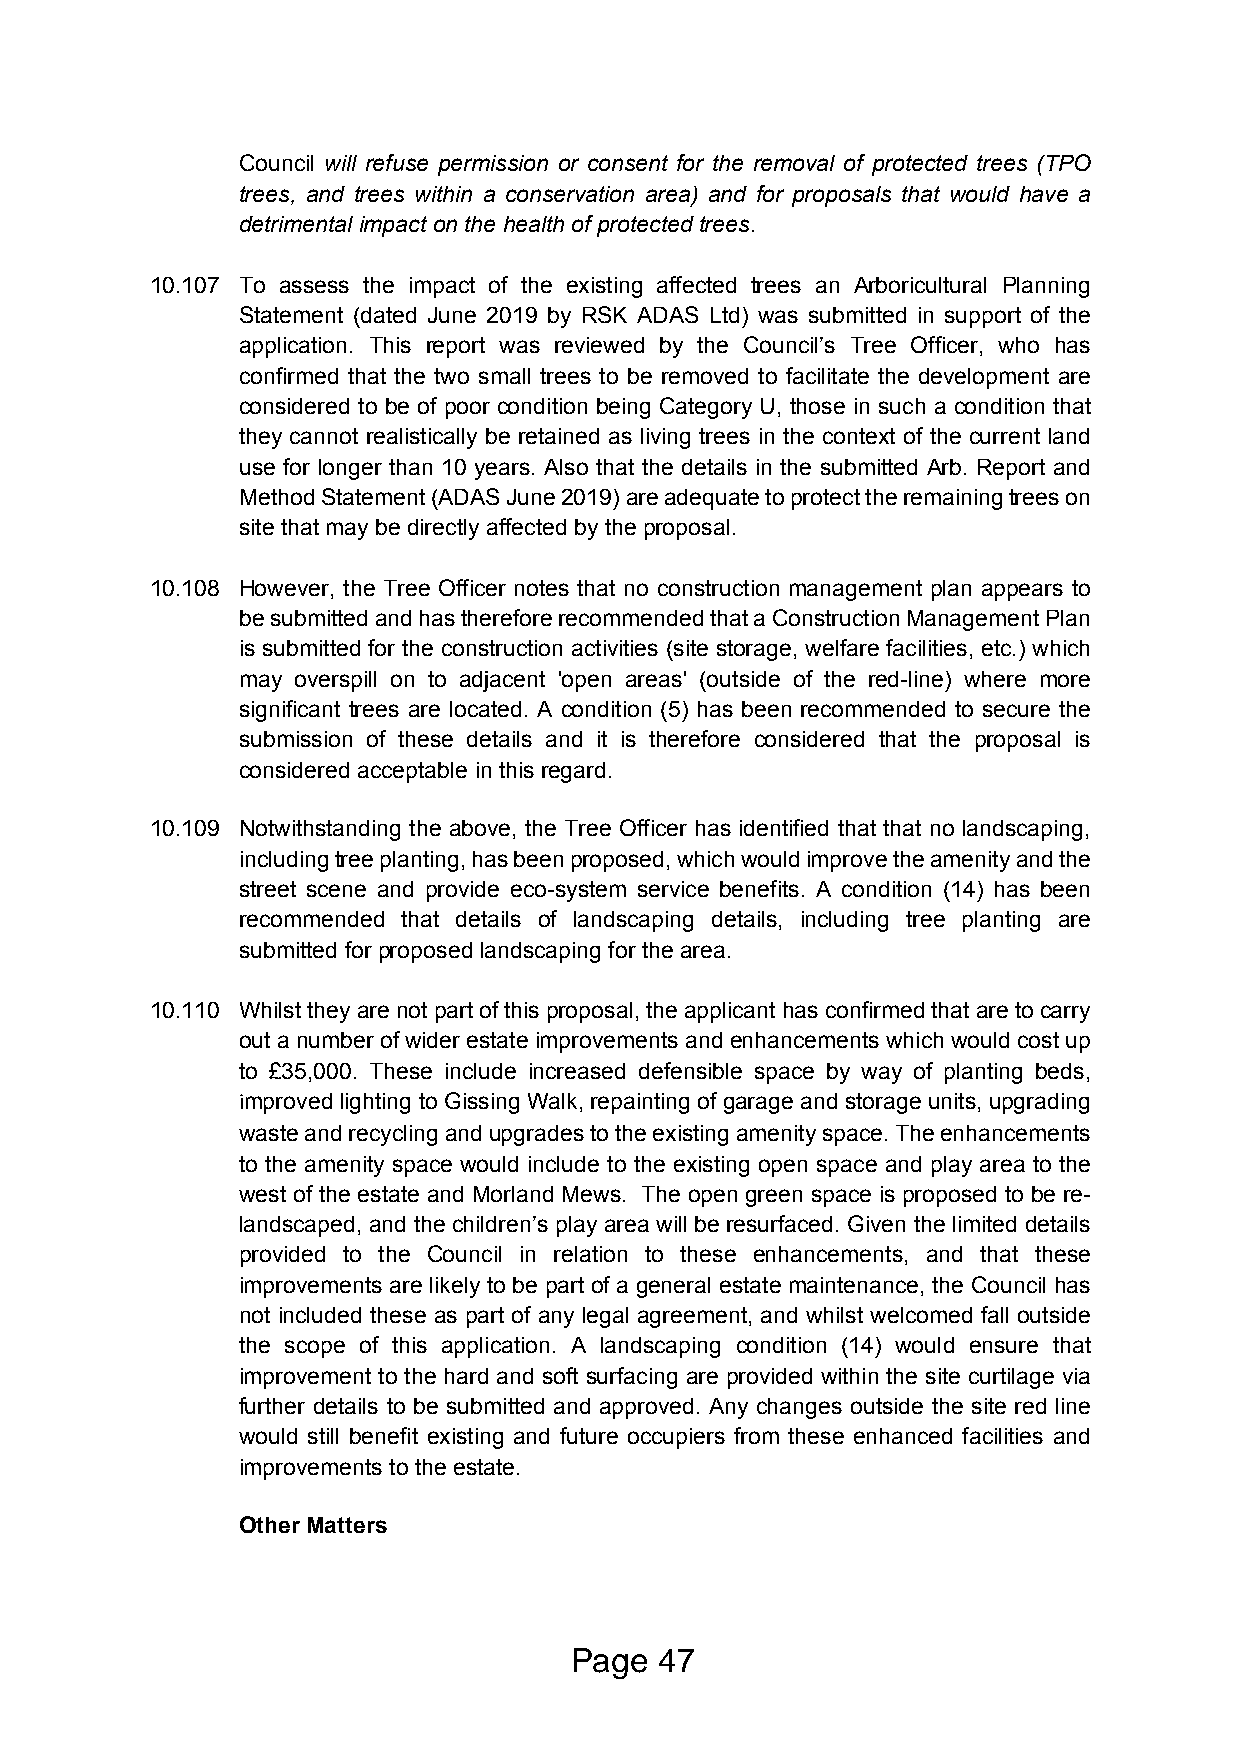
Council will refuse permission or consent for the removal of protected trees (TPO
 trees, and trees within a conservation area) and for proposals that would have a
 detrimental impact on the health of protected trees.
 10.107 To assess the impact of the existing affected trees an Arboricultural Planning
 Statement (dated June 2019 by RSK ADAS Ltd) was submitted in support of the
 application. This report was reviewed by the Council’s Tree Officer, who has
 confirmed that the two small trees to be removed to facilitate the development are
 considered to be of poor condition being Category U, those in such a condition that
 they cannot realistically be retained as living trees in the context of the current land
 use for longer than 10 years. Also that the details in the submitted Arb. Report and
 Method Statement (ADAS June 2019) are adequate to protect the remaining trees on
 site that may be directly affected by the proposal.
 10.108 However, the Tree Officer notes that no construction management plan appears to
 be submitted and has therefore recommended that a Construction Management Plan
 is submitted for the construction activities (site storage, welfare facilities, etc.) which
 may overspill on to adjacent 'open areas' (outside of the red-line) where more
 significant trees are located. A condition (5) has been recommended to secure the
 submission of these details and it is therefore considered that the proposal is
 considered acceptable in this regard.
 10.109 Notwithstanding the above, the Tree Officer has identified that that no landscaping,
 including tree planting, has been proposed, which would improve the amenity and the
 street scene and provide eco-system service benefits. A condition (14) has been
 recommended that details of landscaping details, including tree planting are
 submitted for proposed landscaping for the area.
 10.110 Whilst they are not part of this proposal, the applicant has confirmed that are to carry
 out a number of wider estate improvements and enhancements which would cost up
 to £35,000. These include increased defensible space by way of planting beds,
 improved lighting to Gissing Walk, repainting of garage and storage units, upgrading
 waste and recycling and upgrades to the existing amenity space. The enhancements
 to the amenity space would include to the existing open space and play area to the
 west of the estate and Morland Mews. The open green space is proposed to be re-
 landscaped, and the children’s play area will be resurfaced. Given the limited details
 provided to the Council in relation to these enhancements, and that these
 improvements are likely to be part of a general estate maintenance, the Council has
 not included these as part of any legal agreement, and whilst welcomed fall outside
 the scope of this application. A landscaping condition (14) would ensure that
 improvement to the hard and soft surfacing are provided within the site curtilage via
 further details to be submitted and approved. Any changes outside the site red line
 would still benefit existing and future occupiers from these enhanced facilities and
 improvements to the estate.
 Other Matters
 Page  47